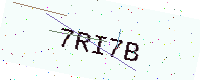
Text: 7RI7B